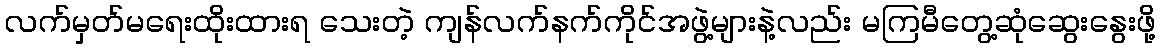
လက်မှတ်မရေးထိုးထားရ သေးတဲ့ ကျန်လက်နက်ကိုင်အဖွဲ့များနဲ့လည်း မကြမီတွေ့ဆုံဆွေးနွေးဖို့